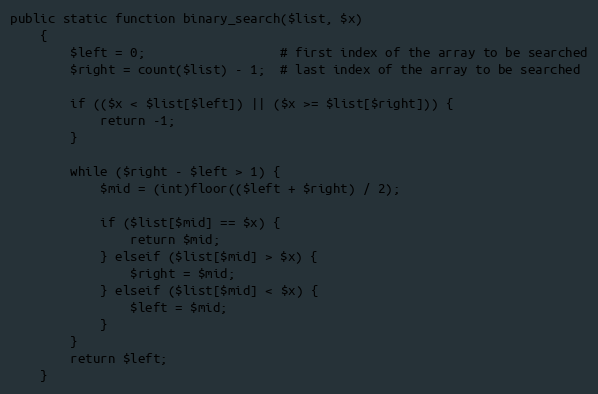
Language: PHP
public static function binary_search($list, $x)
    {
        $left = 0;                  # first index of the array to be searched
        $right = count($list) - 1;  # last index of the array to be searched

        if (($x < $list[$left]) || ($x >= $list[$right])) {
            return -1;
        }

        while ($right - $left > 1) {
            $mid = (int)floor(($left + $right) / 2);

            if ($list[$mid] == $x) {
                return $mid;
            } elseif ($list[$mid] > $x) {
                $right = $mid;
            } elseif ($list[$mid] < $x) {
                $left = $mid;
            }
        }
        return $left;
    }